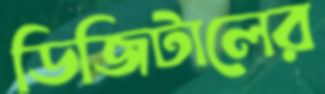
ডিজিটালের